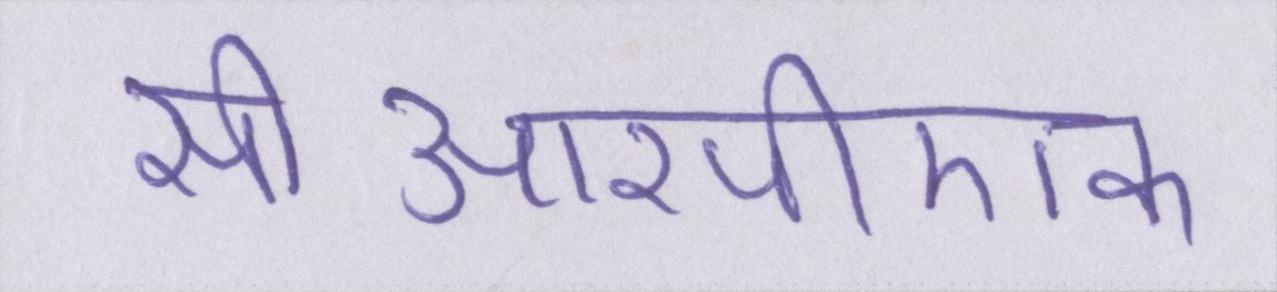
सीआरपीएफ